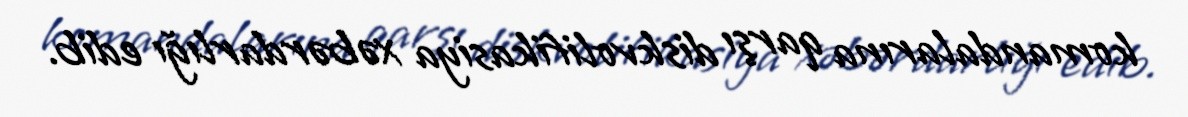
komandalarına qarşı diskvolifikasiya xəbərdarlığı edib.